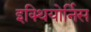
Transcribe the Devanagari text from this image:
इक्थियोर्निस